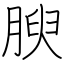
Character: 腴